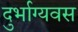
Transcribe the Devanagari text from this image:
दुर्भाग्यवस